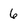
Character: 6